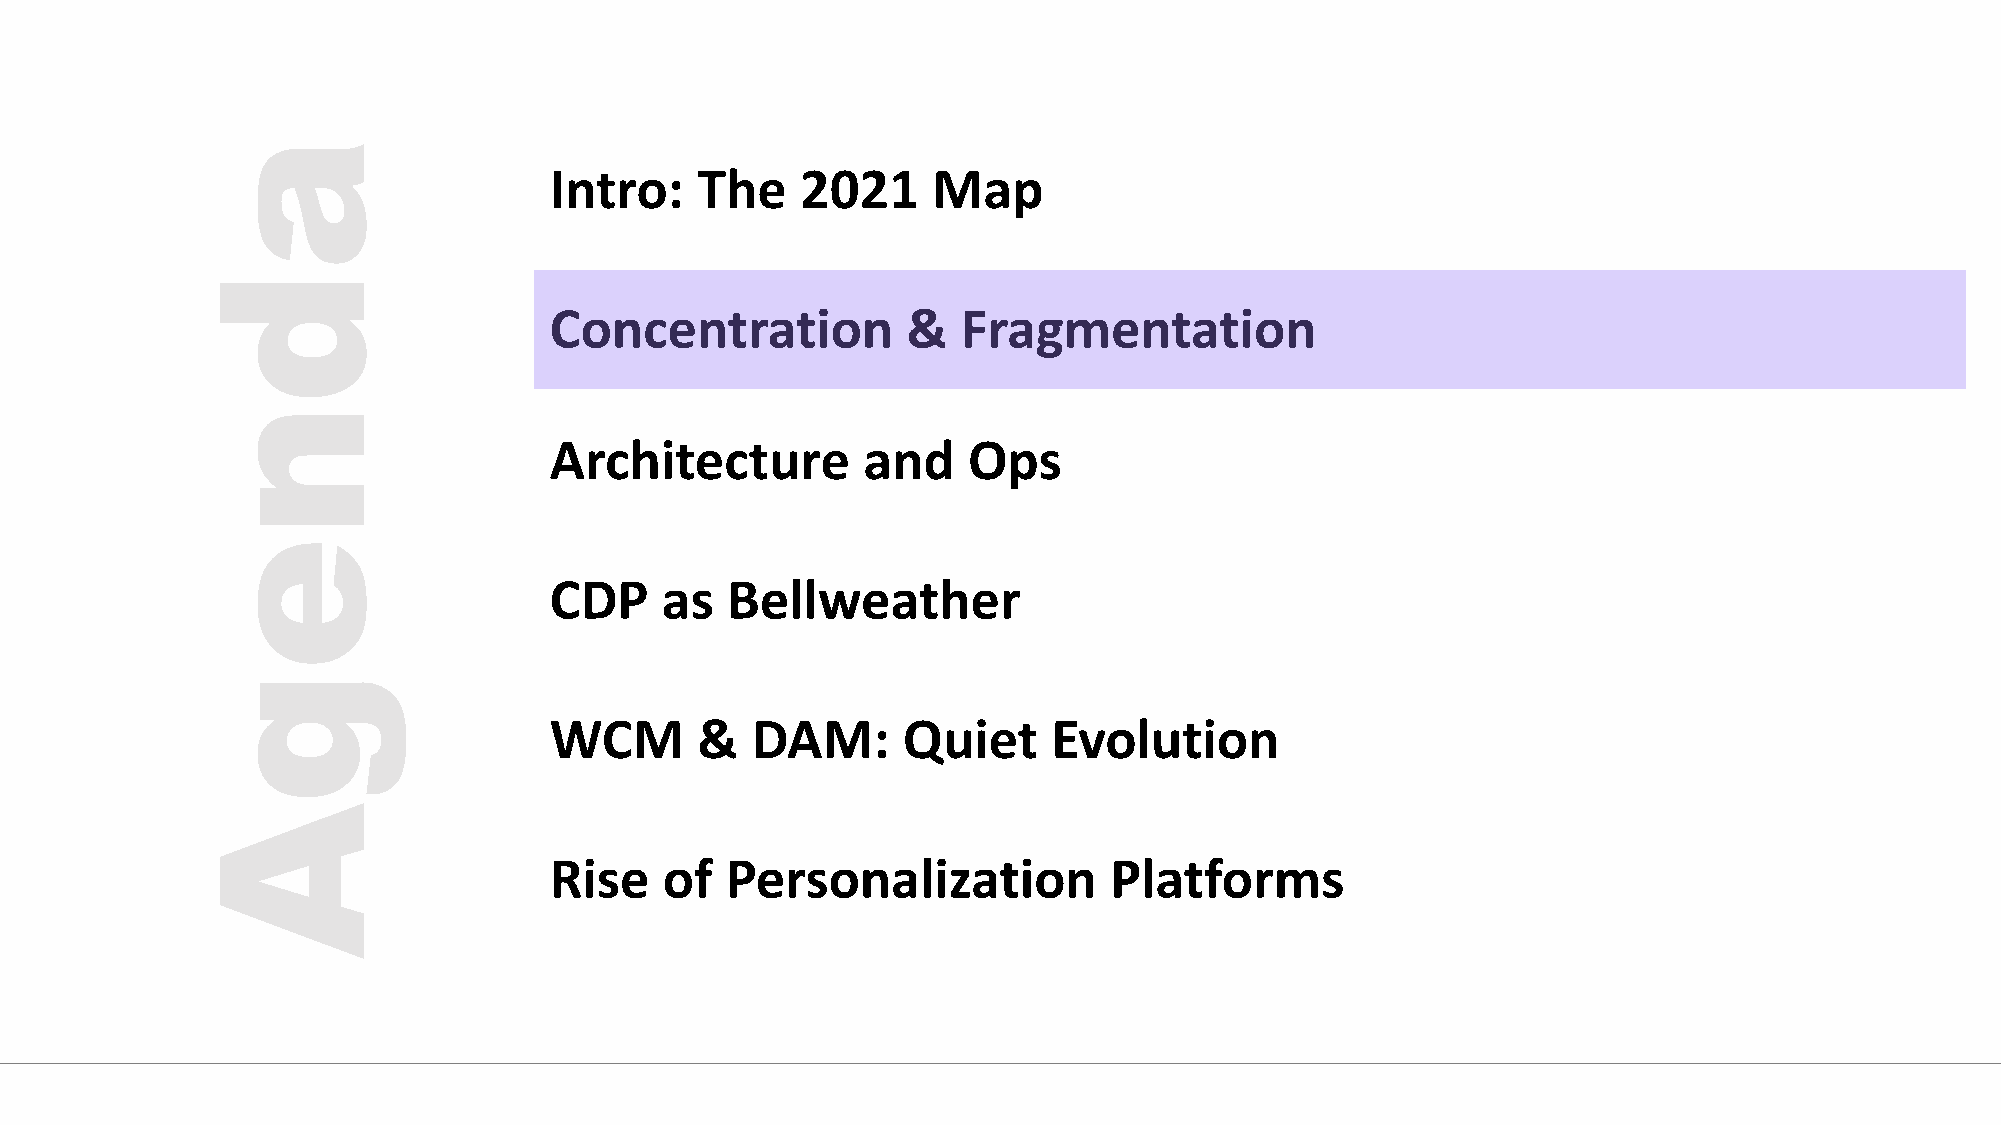
Intro:    The    2021     Map
 Concentration           &   Fragmentation
 Architecture         and    Ops
 CDP     as  Bellweather
 WCM       &   DAM:      Quiet     Evolution
 Rise    of  Personalization          Platforms